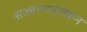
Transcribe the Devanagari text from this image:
सज्जनगडावरून